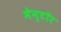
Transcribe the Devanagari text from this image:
मेन्टॉर